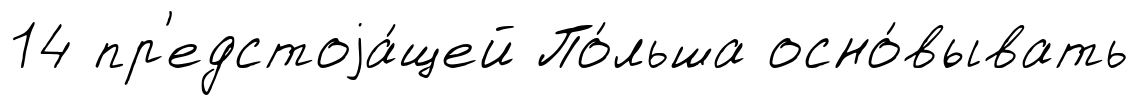
14 пр'едстоjа́щей По́льша осно́вывать